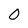
Character: 0